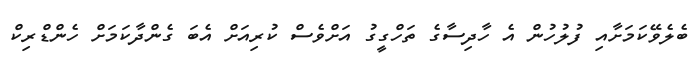
ބެލެވޭކަމަށާއި ފުލުހުން އެ ހާދިސާގެ ތަހްގީގު އަށްވެސް ކުރިއަށް އެބަ ގެންދާކަމަށް ހެންޑްރިކް